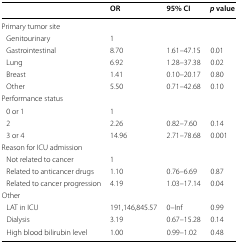
|  | OR | 95% CI | p value |
 | --- | --- | --- | --- |
 | <COLSPAN=4> Primary tumor site |
 | Genitourinary | 1 |  |  |
 | Gastrointestinal | 8.70 | 1.61–47.15 | 0.01 |
 | Lung | 6.92 | 1.28–37.38 | 0.02 |
 | Breast | 1.41 | 0.10–20.17 | 0.80 |
 | Other | 5.50 | 0.71–42.68 | 0.10 |
 | <COLSPAN=4> Performance status |
 | 0 or 1 | 1 |  |  |
 | 2 | 2.26 | 0.82–7.60 | 0.14 |
 | 3 or 4 | 14.96 | 2.71–78.68 | 0.001 |
 | <COLSPAN=4> Reason for ICU admission |
 | Not related to cancer | 1 |  |  |
 | Related to anticancer drugs | 1.10 | 0.76–6.69 | 0.87 |
 | Related to cancer progression | 4.19 | 1.03–17.14 | 0.04 |
 | <COLSPAN=4> Other |
 | LAT in ICU | 191,146,845.57 | 0–Inf | 0.99 |
 | Dialysis | 3.19 | 0.67–15.28 | 0.14 |
 | High blood bilirubin level | 1.00 | 0.99–1.02 | 0.48 |